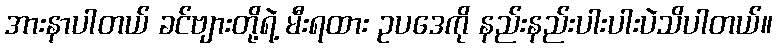
အားနာပါတယ် ခင်ဗျားတို့ရဲ့ မီးရထား ဥပဒေကို နည်းနည်းပါးပါးပဲသိပါတယ်။